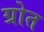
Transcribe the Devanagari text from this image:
ग्रोत